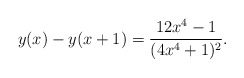
\begin{align*}y(x)-y(x+1)=\frac{12 x^4-1}{(4 x^4+1 )^2}.\end{align*}